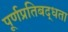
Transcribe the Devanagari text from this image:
पूर्णप्रतिबद्धता